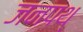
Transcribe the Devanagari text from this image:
जनपथ्